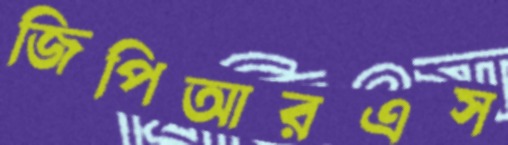
জিপিআরএস